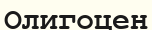
Олигоцен